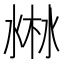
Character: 𣷘